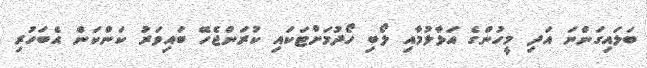
ބަލައިގަންނަ އަދި މީހުންގެ އަޅާލުމާއި ލޯބި ހޯދުމަށްޓަކައި ކުރަންޖެހޭ ބައިވަރު ކަންކަން އެބަހުރި